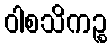
ဝါစသိကဉ္စ